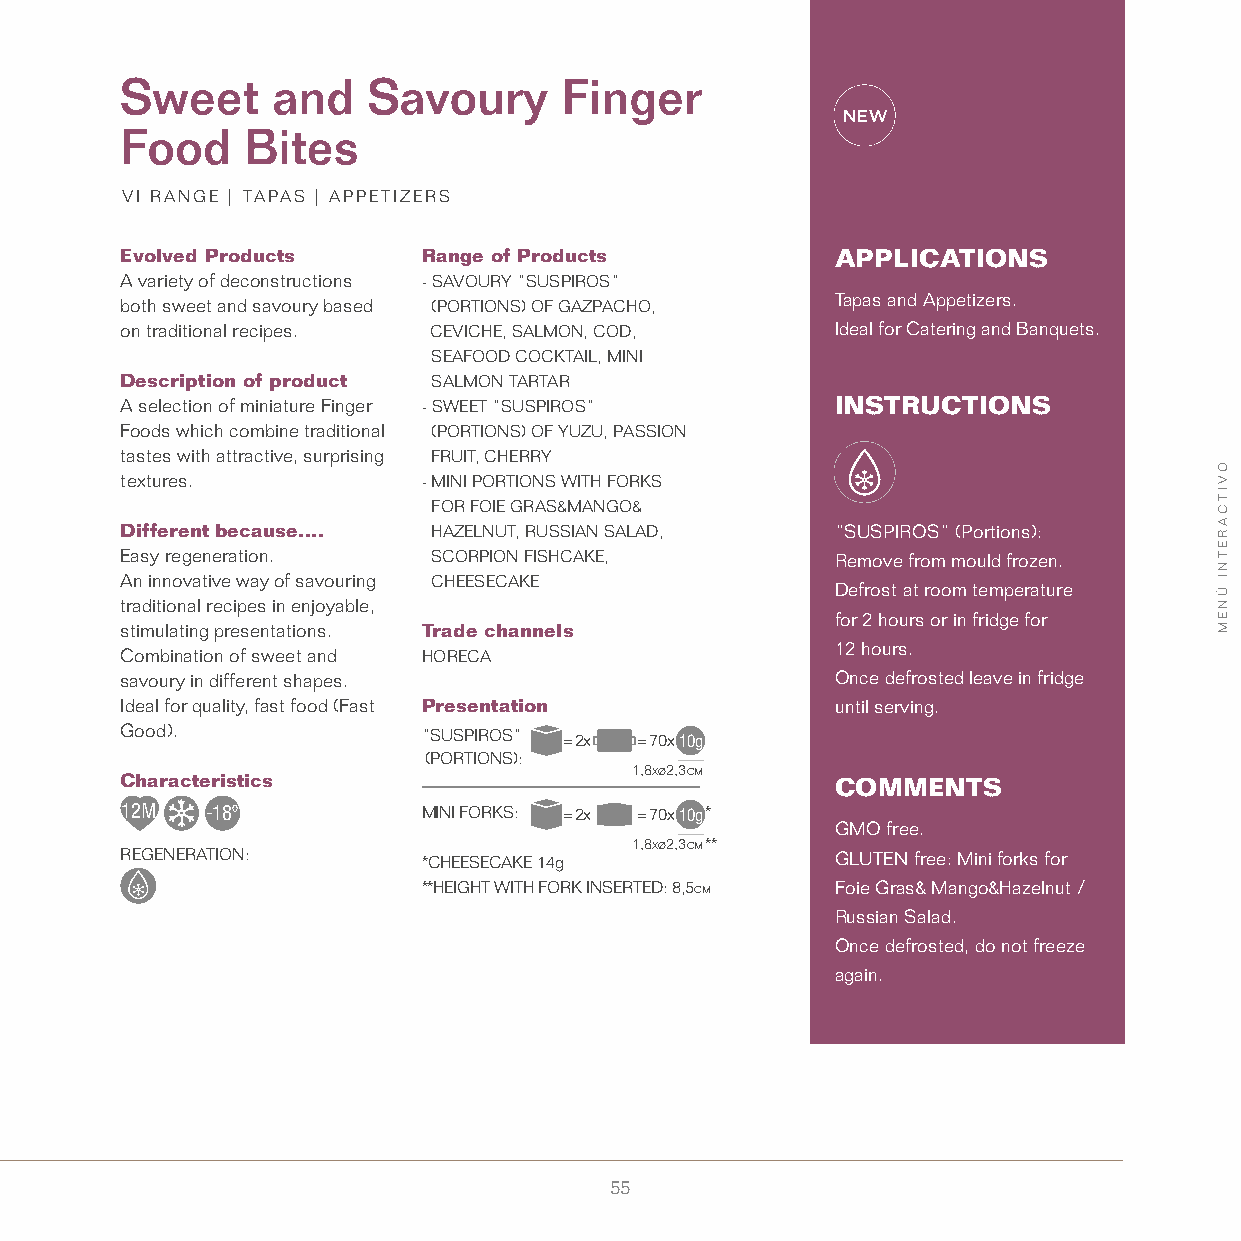
Sweet     and   Savoury      Finger
 Food    Bites
 VI RANGE | TAPAS | APPETIZERS
 Evolved Products    Range of Products          APPLICATIONS
 A variety of deconstructions - SAVOURY “SUSPIROS”
 both sweet and savoury based (PORTIONS) OF GAZPACHO, Tapas and Appetizers.
 on traditional recipes. CEVICHE, SALMON, COD,  Ideal for Catering and Banquets.
 SEAFOOD COCKTAIL, MINI
 Description of product SALMON TARTAR
 A selection of miniature Finger - SWEET ”SUSPIROS” INSTRUCTIONS
 Foods which combine traditional (PORTIONS) OF YUZU, PASSION
 tastes with attractive, surprising FRUIT, CHERRY
 textures.           - MINI PORTIONS WITH FORKS
 FOR FOIE GRAS&MANGO&
 Different because.... HAZELNUT, RUSSIAN SALAD, “SUSPIROS” (Portions):
 Easy regeneration.   SCORPION FISHCAKE,        Remove from mould frozen.
 An innovative way of savouring CHEESECAKE
 Defrost at room temperature
 traditional recipes in enjoyable,
 for 2 hours or in fridge for
 stimulating presentations. Trade channels
 12 hours.
 Combination of sweet and HORECA
 savoury in different shapes.                   Once defrosted leave in fridge
 Ideal for quality, fast food (Fast Presentation until serving.
 Good).              “SUSPIROS” = 2x = 70x10g
 (PORTIONS):
 Characteristics
 1,8xø2,3cm
 COMMENTS
 12M   -18º          MINI FORKS: = 2x = 70x10g*
 GMO free.
 REGENERATION:       *CHEESECAKE 14g
 1,8xø2,3cm**
 GLUTEN free: Mini forks for
 **HEIGHT WITH FORK INSERTED: 8,5cm Foie Gras& Mango&Hazelnut /
 Russian Salad.
 Once defrosted, do not freeze
 again.
 55
 OVITCARETNI
 ÚNEM